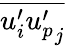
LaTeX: \overline{{u_{i}^{\prime}{u_{p}^{\prime}}_{j}}}